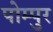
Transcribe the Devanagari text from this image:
पोम्पुर